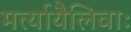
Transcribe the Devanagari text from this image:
मर्त्यायैलिवाः